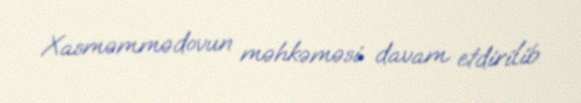
Xasməmmədovun məhkəməsi davam etdirilib.